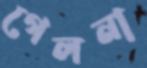
গেলনা